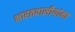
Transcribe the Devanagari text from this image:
भारतवासीयांना